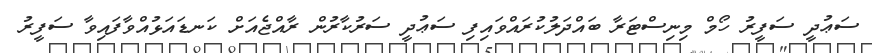
ސަޢުދީ ސަފީރު ހޯމް މިނިސްޓަރާ ބައްދަލުކުރައްވައިފި ސަޢުދީ ސަރުކާރުން ރާއްޖެއަށް ކަނޑައަޅުއްވާފައިވާ ސަފީރު